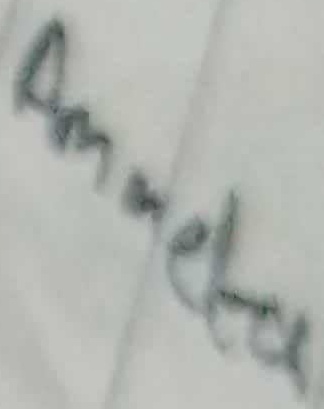
Text: Ammeter